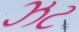
ઝટ